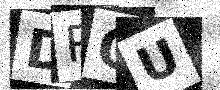
Text: DRQU